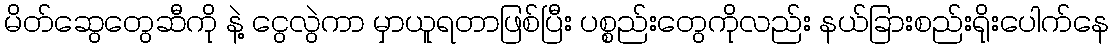
မိတ်ဆွေတွေဆီကို နဲ့ ငွေလွဲကာ မှာယူရတာဖြစ်ပြီး ပစ္စည်းတွေကိုလည်း နယ်ခြားစည်းရိုးပေါက်နေ